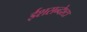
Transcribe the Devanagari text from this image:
ईशसन्देश्टा